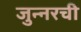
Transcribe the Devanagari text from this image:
जुन्‍नरची